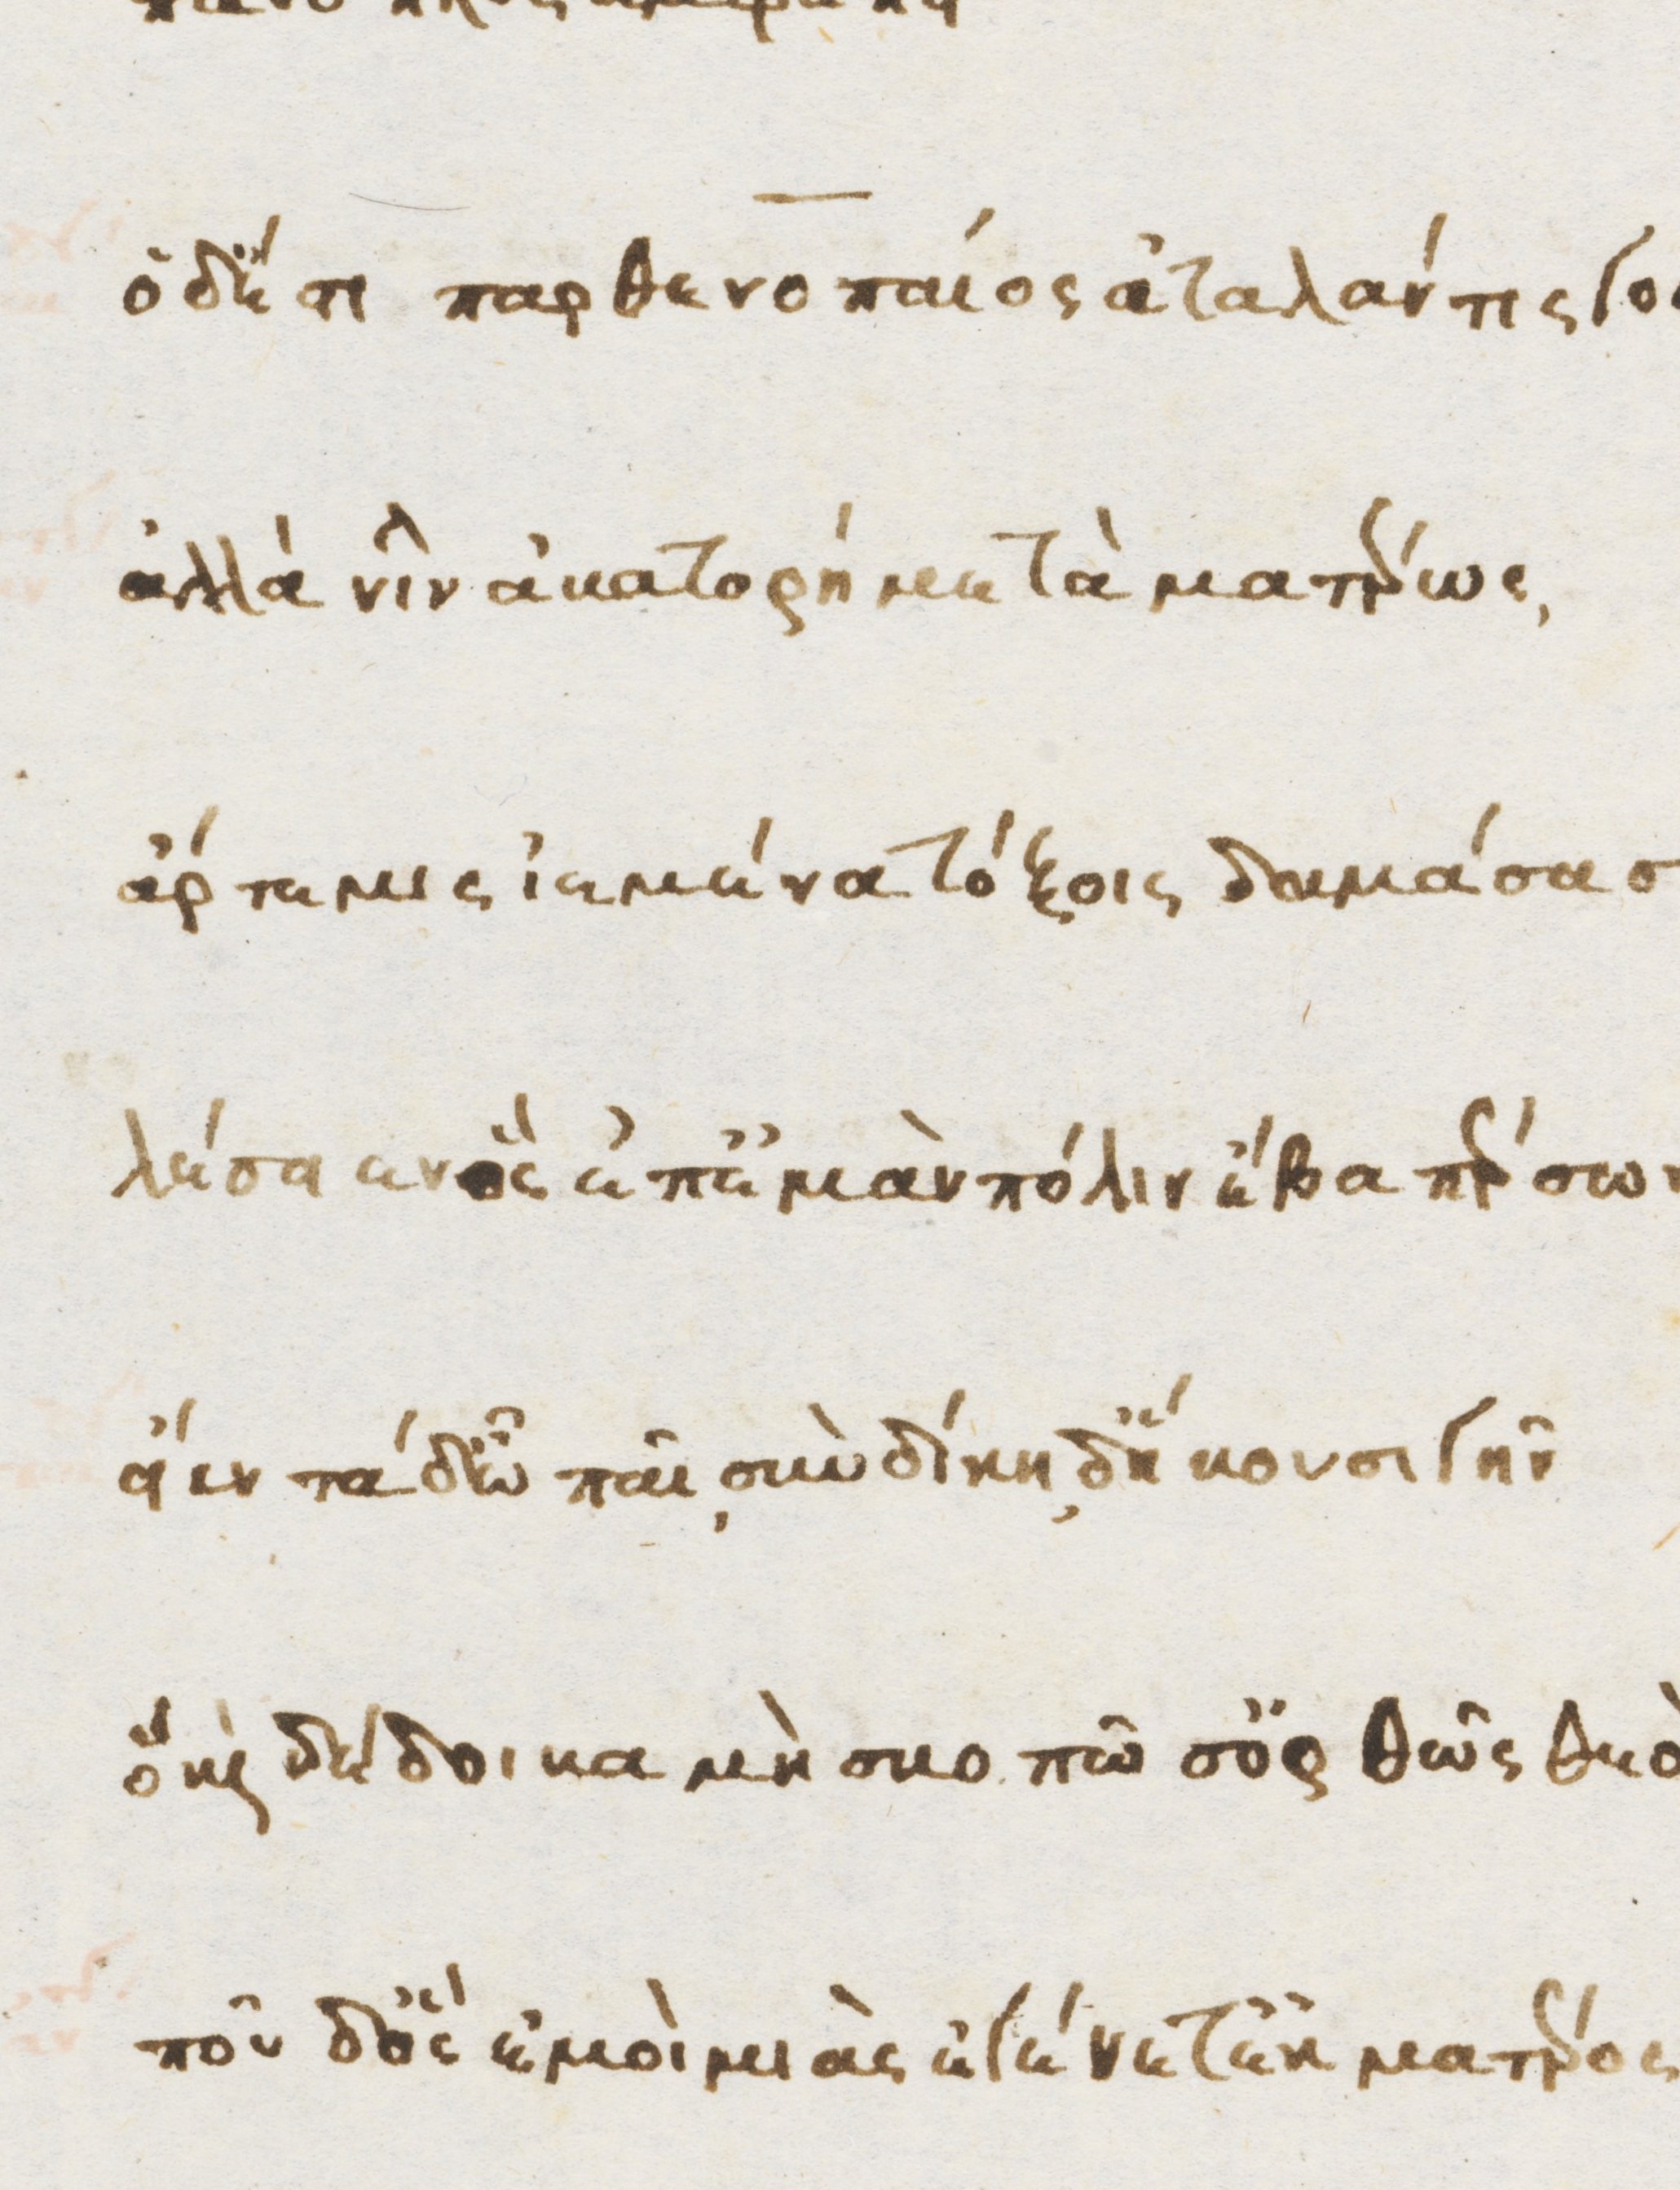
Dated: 1470–1499